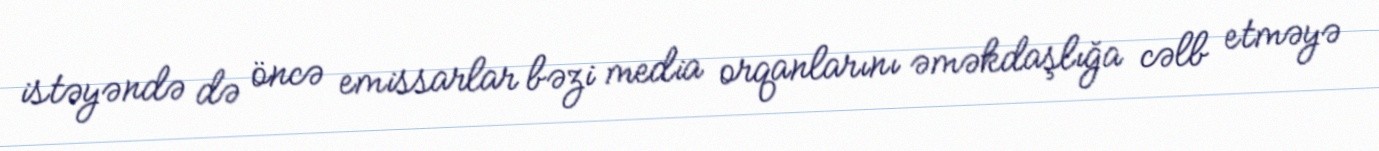
istəyəndə də öncə emissarlar bəzi media orqanlarını əməkdaşlığa cəlb etməyə